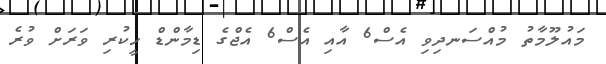
މައުލޫމާތު މުއްސަނދިވި އެސް6 އާއި އެސް6 އެޖްގެ ޑިމާންޑް ހީކުރި ވަރަށް ވުރެ